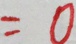
= 0